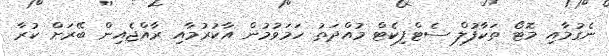
ނެގުމާއި މޮޓޯ ތަކާފުލް ސެޓްފިކެޓް މުއްދަތު ހަމަވުމުން އާކުރުމާއި ރާއްޖެއިން ބޭރަށް ކުރާ